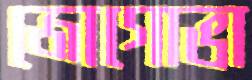
জোগোভা